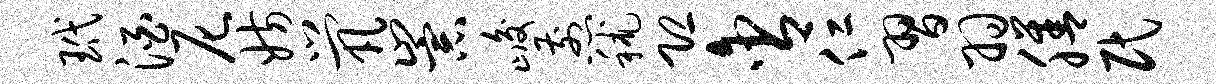
玳酒尼妨茕崇峻煎秫恐含仁习羽膳民